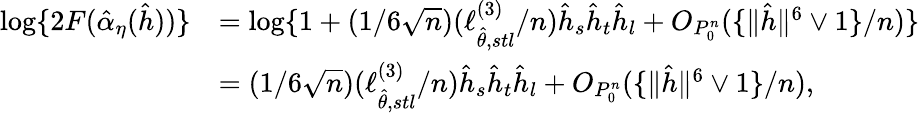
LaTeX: \begin{array}{rl}{\log\{ 2F(\hat{\alpha}_{\eta}(\hat{h}))\} }&{=\log\lbrace 1+(1/6\sqrt{n})(\ell_{\hat{\theta},stl}^{(3)}/n)\hat{h}_{s}\hat{h}_{t}\hat{h}_{l}+O_{P_{0}^{n}}(\{ \| \hat{h}\| ^{6}\vee 1\} /n)\rbrace}\\ &{=(1/6\sqrt{n})(\ell_{\hat{\theta},stl}^{(3)}/n)\hat{h}_{s}\hat{h}_{t}\hat{h}_{l}+O_{P_{0}^{n}}(\{ \| \hat{h}\| ^{6}\vee 1\} /n),}\end{array}